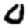
Digit: 0